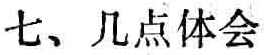
七、几点体会